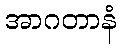
အာဂတာနံ